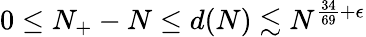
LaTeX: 0\leq N_{+}-N\leq d(N)\lesssim N^{\frac{34}{69}+\epsilon}